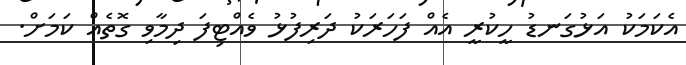
އެކަމަކު އަޅުގަނޑު ހީކުރީ އެއް ފަހަރަކު ދަރިފުޅު ވެއްޓިފަ ދިމާވި ގޮތެއް ކަމަށް.